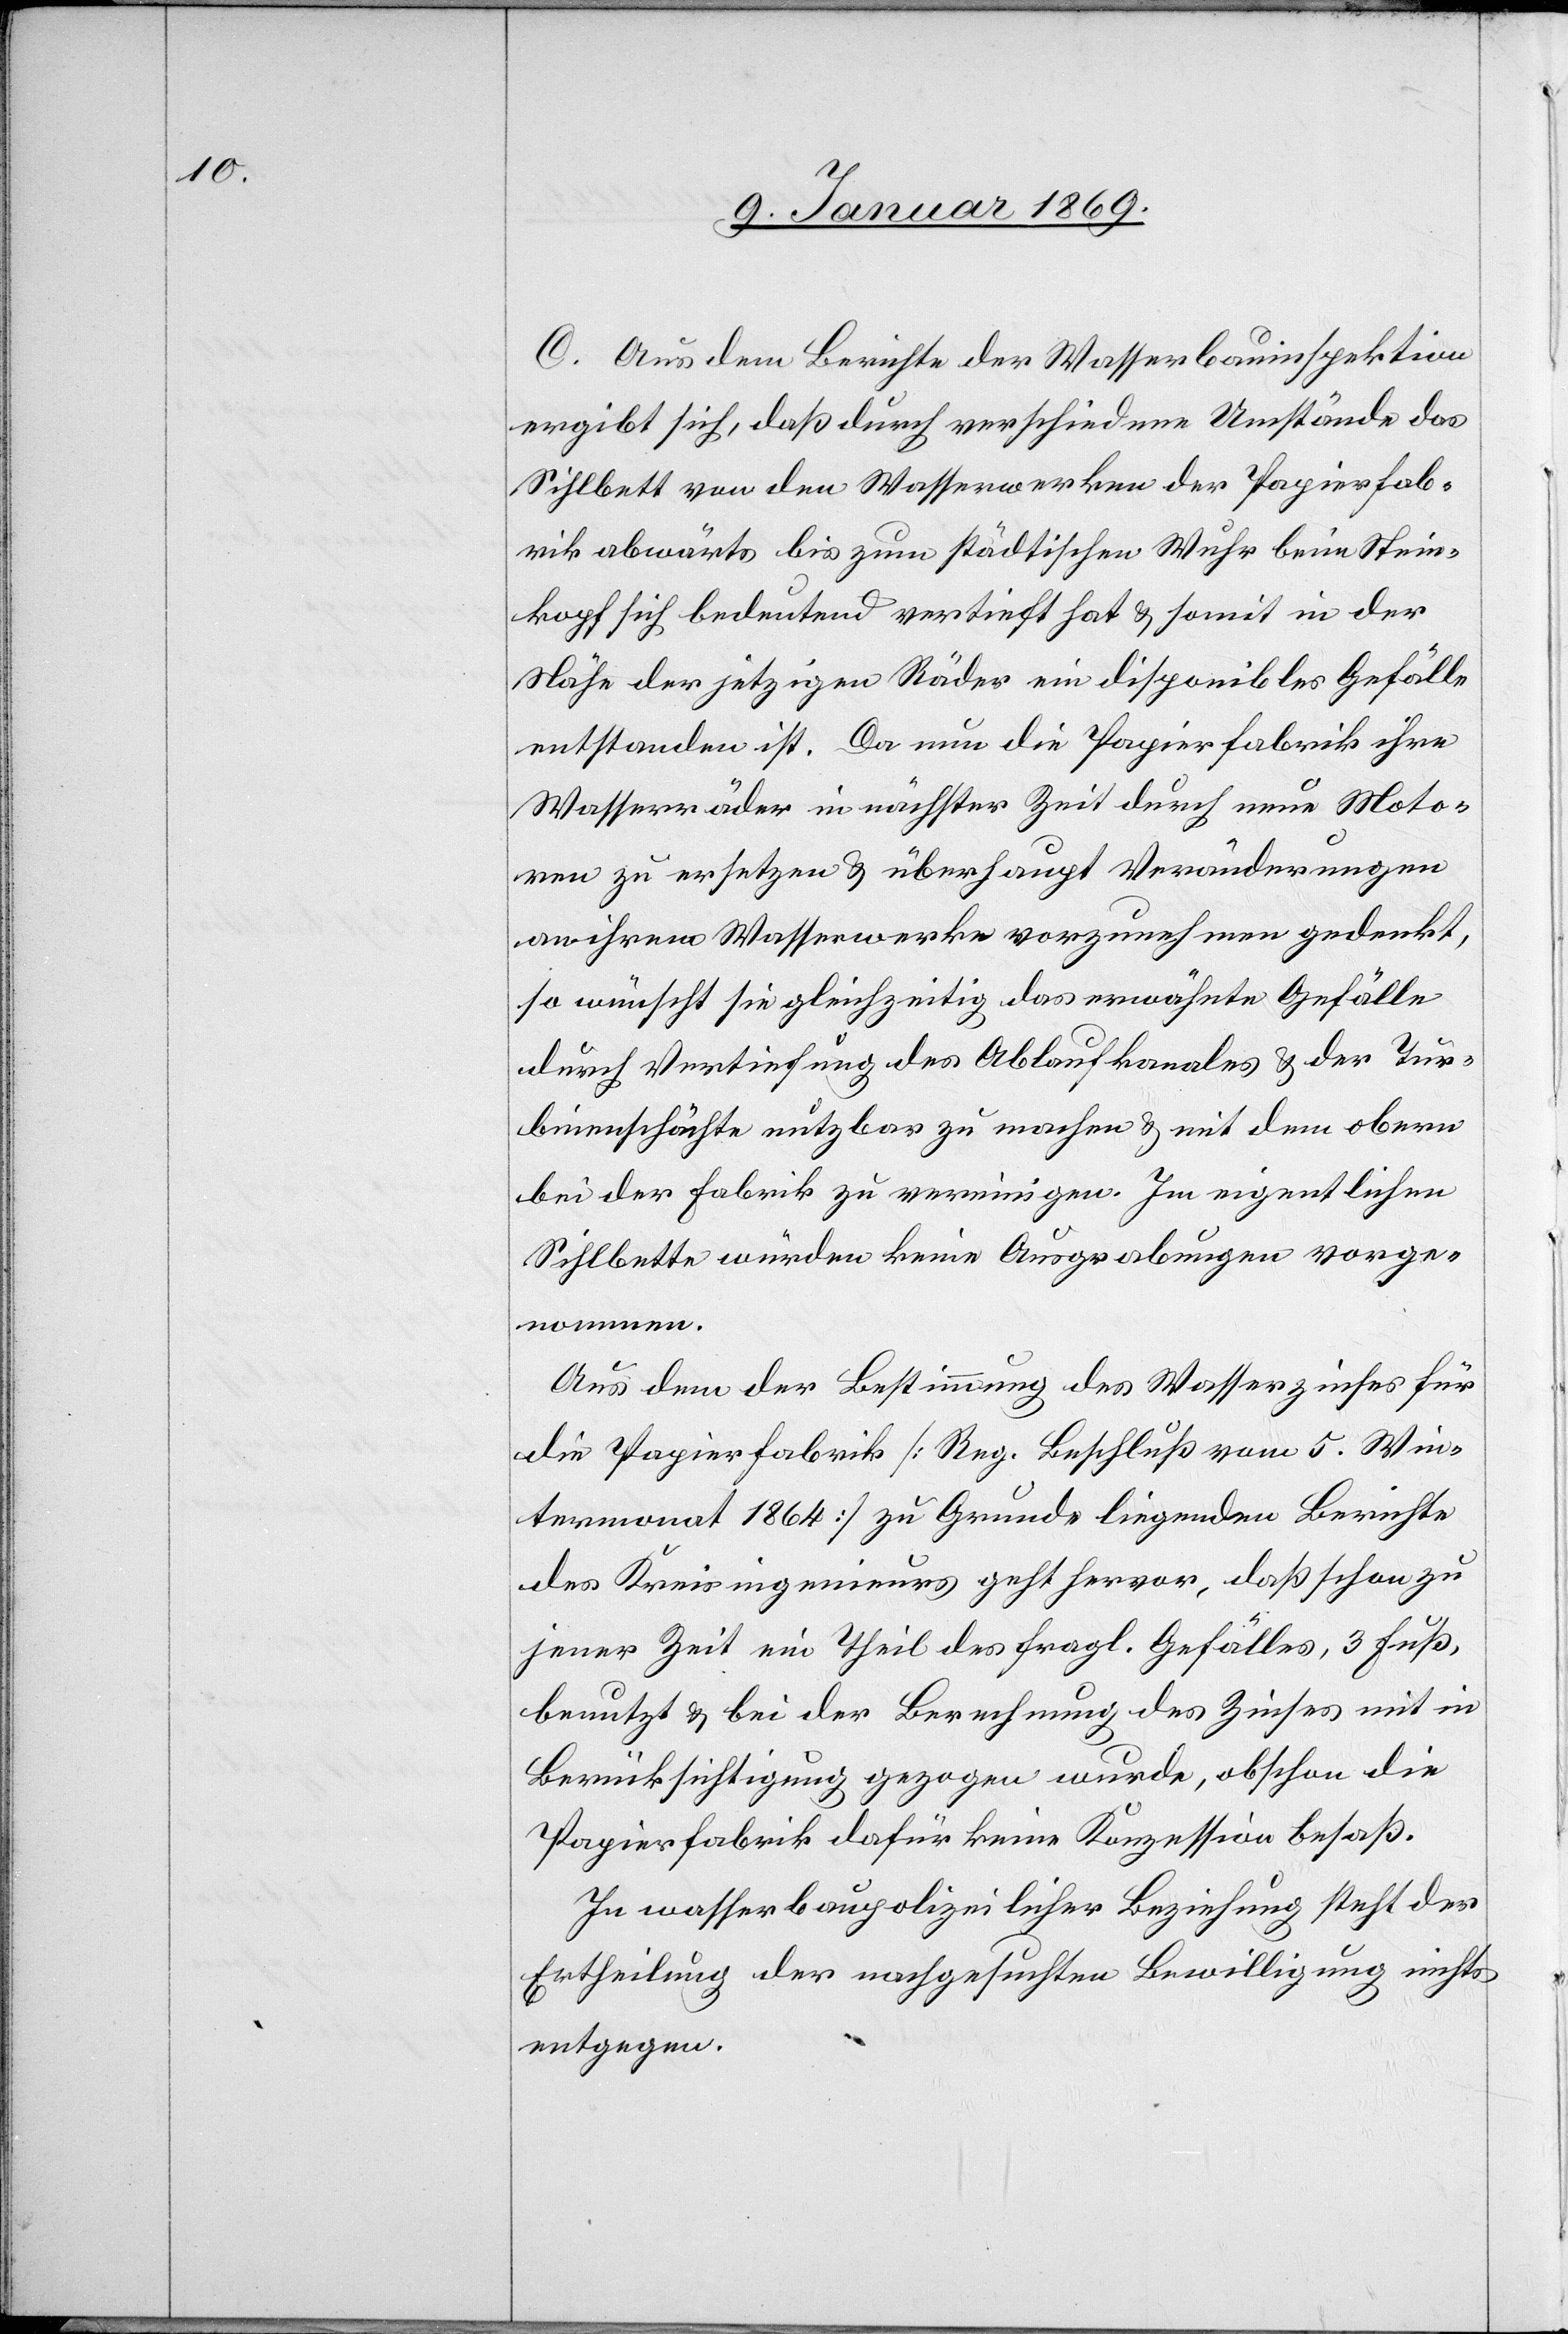
C. Aus dem Berichte der Wasserbauinspektion
ergibt sich, daß durch verschiedene Umstände das
Sihlbett von den Wasserwerken der Papierfab¬
rik abwärts bis zum städtischen Wuhr beim Stein¬
kopf sich bedeutend vertieft hat & somit in der
Nähe der jetzigen Räder ein disponibles Gefälle
entstanden ist. Da nun die Papierfabrik ihre
Wasserräder in nächster Zeit durch neue Moto¬
ren zu ersetzen & überhaupt Veränderungen
an ihrem Wasserwerke vorzunehmen gedenkt,
so wünscht sie gleichzeitig das erwähnte Gefälle
durch Vertiefung des Ablaufkanales & der Tur¬
binenschächte nutzbar zu machen & mit dem obern
bei der Fabrik zu vereinigen. Im eigentlichen
Sihlbette würden keine Ausgrabungen vorge¬
nommen.
Aus dem der Bestimmung des Wasserzinses für
die Papierfabrik [Reg. Beschluß vom 5 Win¬
termonat 1864] zu Grunde liegenden Berichte
des Kreisingenieurs geht hervor, daß schon zu
jener Zeit ein Theil des fragl. Gefälles, 3 Fuß,
benutzt & bei der Berechnung des Zinses mit in
Berücksichtigung gezogen wurde, obschon die
Papierfabrik dafür keine Konzession besaß.
In wasserbaupolizeilicher Beziehung steht der
Ertheilung der nachgesuchten Bewilligung nichts
entgegen.